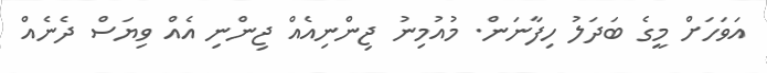
އަވަހަށް މީގެ ބަދަލު ހިފާނަން. މުއުމިނު ޖިންނިއެއް ޖިންނި އެއް ވިޔަސް ދެނެއް